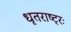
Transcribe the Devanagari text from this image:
धृतराष्ट्रः